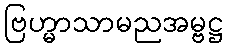
ဗြဟ္မာသာမညအမ္ဗဋ္ဌ